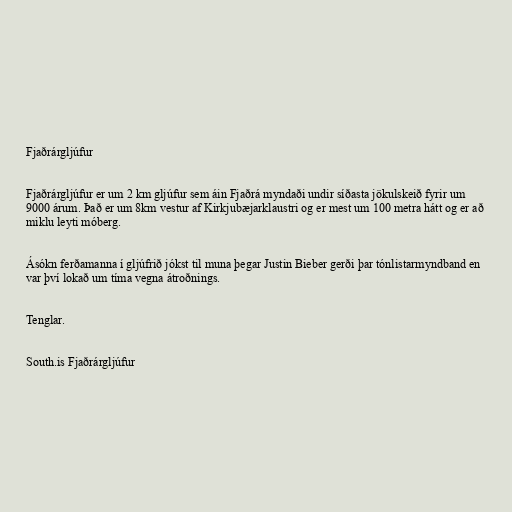
Fjaðrárgljúfur

Fjaðrárgljúfur er um 2 km gljúfur sem áin Fjaðrá myndaði undir síðasta jökulskeið fyrir um
9000 árum. Það er um 8km vestur af Kirkjubæjarklaustri og er mest um 100 metra hátt og er að
miklu leyti móberg.

Ásókn ferðamanna í gljúfrið jókst til muna þegar Justin Bieber gerði þar tónlistarmyndband en
var því lokað um tíma vegna átroðnings.

Tenglar.

South.is Fjaðrárgljúfur